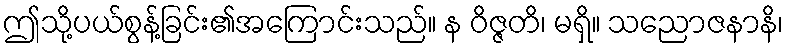
ဤသို့ပယ်စွန့်ခြင်း၏အကြောင်းသည်။ န ဝိဇ္ဇတိ၊ မရှိ။ သညောဇနာနိ၊